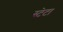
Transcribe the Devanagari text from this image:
स्टेटा